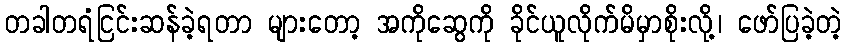
တခါတရံငြင်းဆန်ခဲ့ရတာ များတော့ အကိုဆွေကို ခိုင်ယူလိုက်မိမှာစိုးလို့၊ ဖော်ပြခဲ့တဲ့